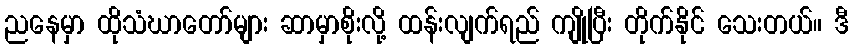
ညနေမှာ ထိုသံဃာတော်များ ဆာမှာစိုးလို့ ထန်းလျက်ရည် ကျိုပြီး တိုက်နိုင် သေးတယ်။ ဒီ